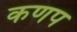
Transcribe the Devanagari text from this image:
कणप